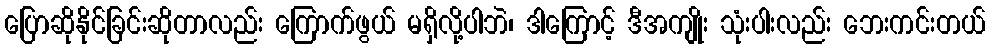
ပြောဆိုနိုင်ခြင်းဆိုတာလည်း ကြောက်ဖွယ် မရှိလို့ပါဘဲ၊ ဒါကြောင့် ဒီအကျိုး သုံးပါးလည်း ဘေးကင်းတယ်